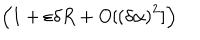
\left( 1 + \varepsilon \delta R + O [ \left( \delta \alpha \right) ^ { 2 } ] \right)